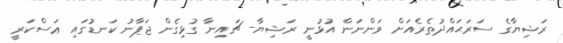
ރަޝިޔާގެ ސަރަޙައްދުތެރެއަށް ވަންނަން އުޅުނީ ރަޝިޔާ- ޗައިނާ ގުޅިގެން ޖަޕާނު ކަނޑުގައި ޢަސްކަރީ